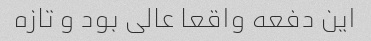
این دفعه واقعا عالی بود و تازه